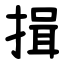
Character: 揖